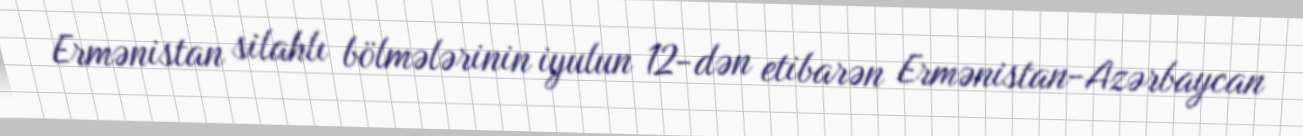
Ermənistan silahlı bölmələrinin iyulun 12-dən etibarən Ermənistan-Azərbaycan